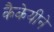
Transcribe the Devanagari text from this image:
कैकेयीने